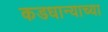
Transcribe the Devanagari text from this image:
कडधान्याच्या